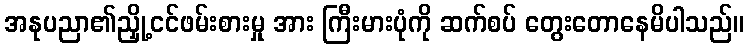
အနုပညာ၏ညှို့ငင်ဖမ်းစားမှု အား ကြီးမားပုံကို ဆက်စပ် တွေးတောနေမိပါသည်။